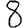
Digit: 8